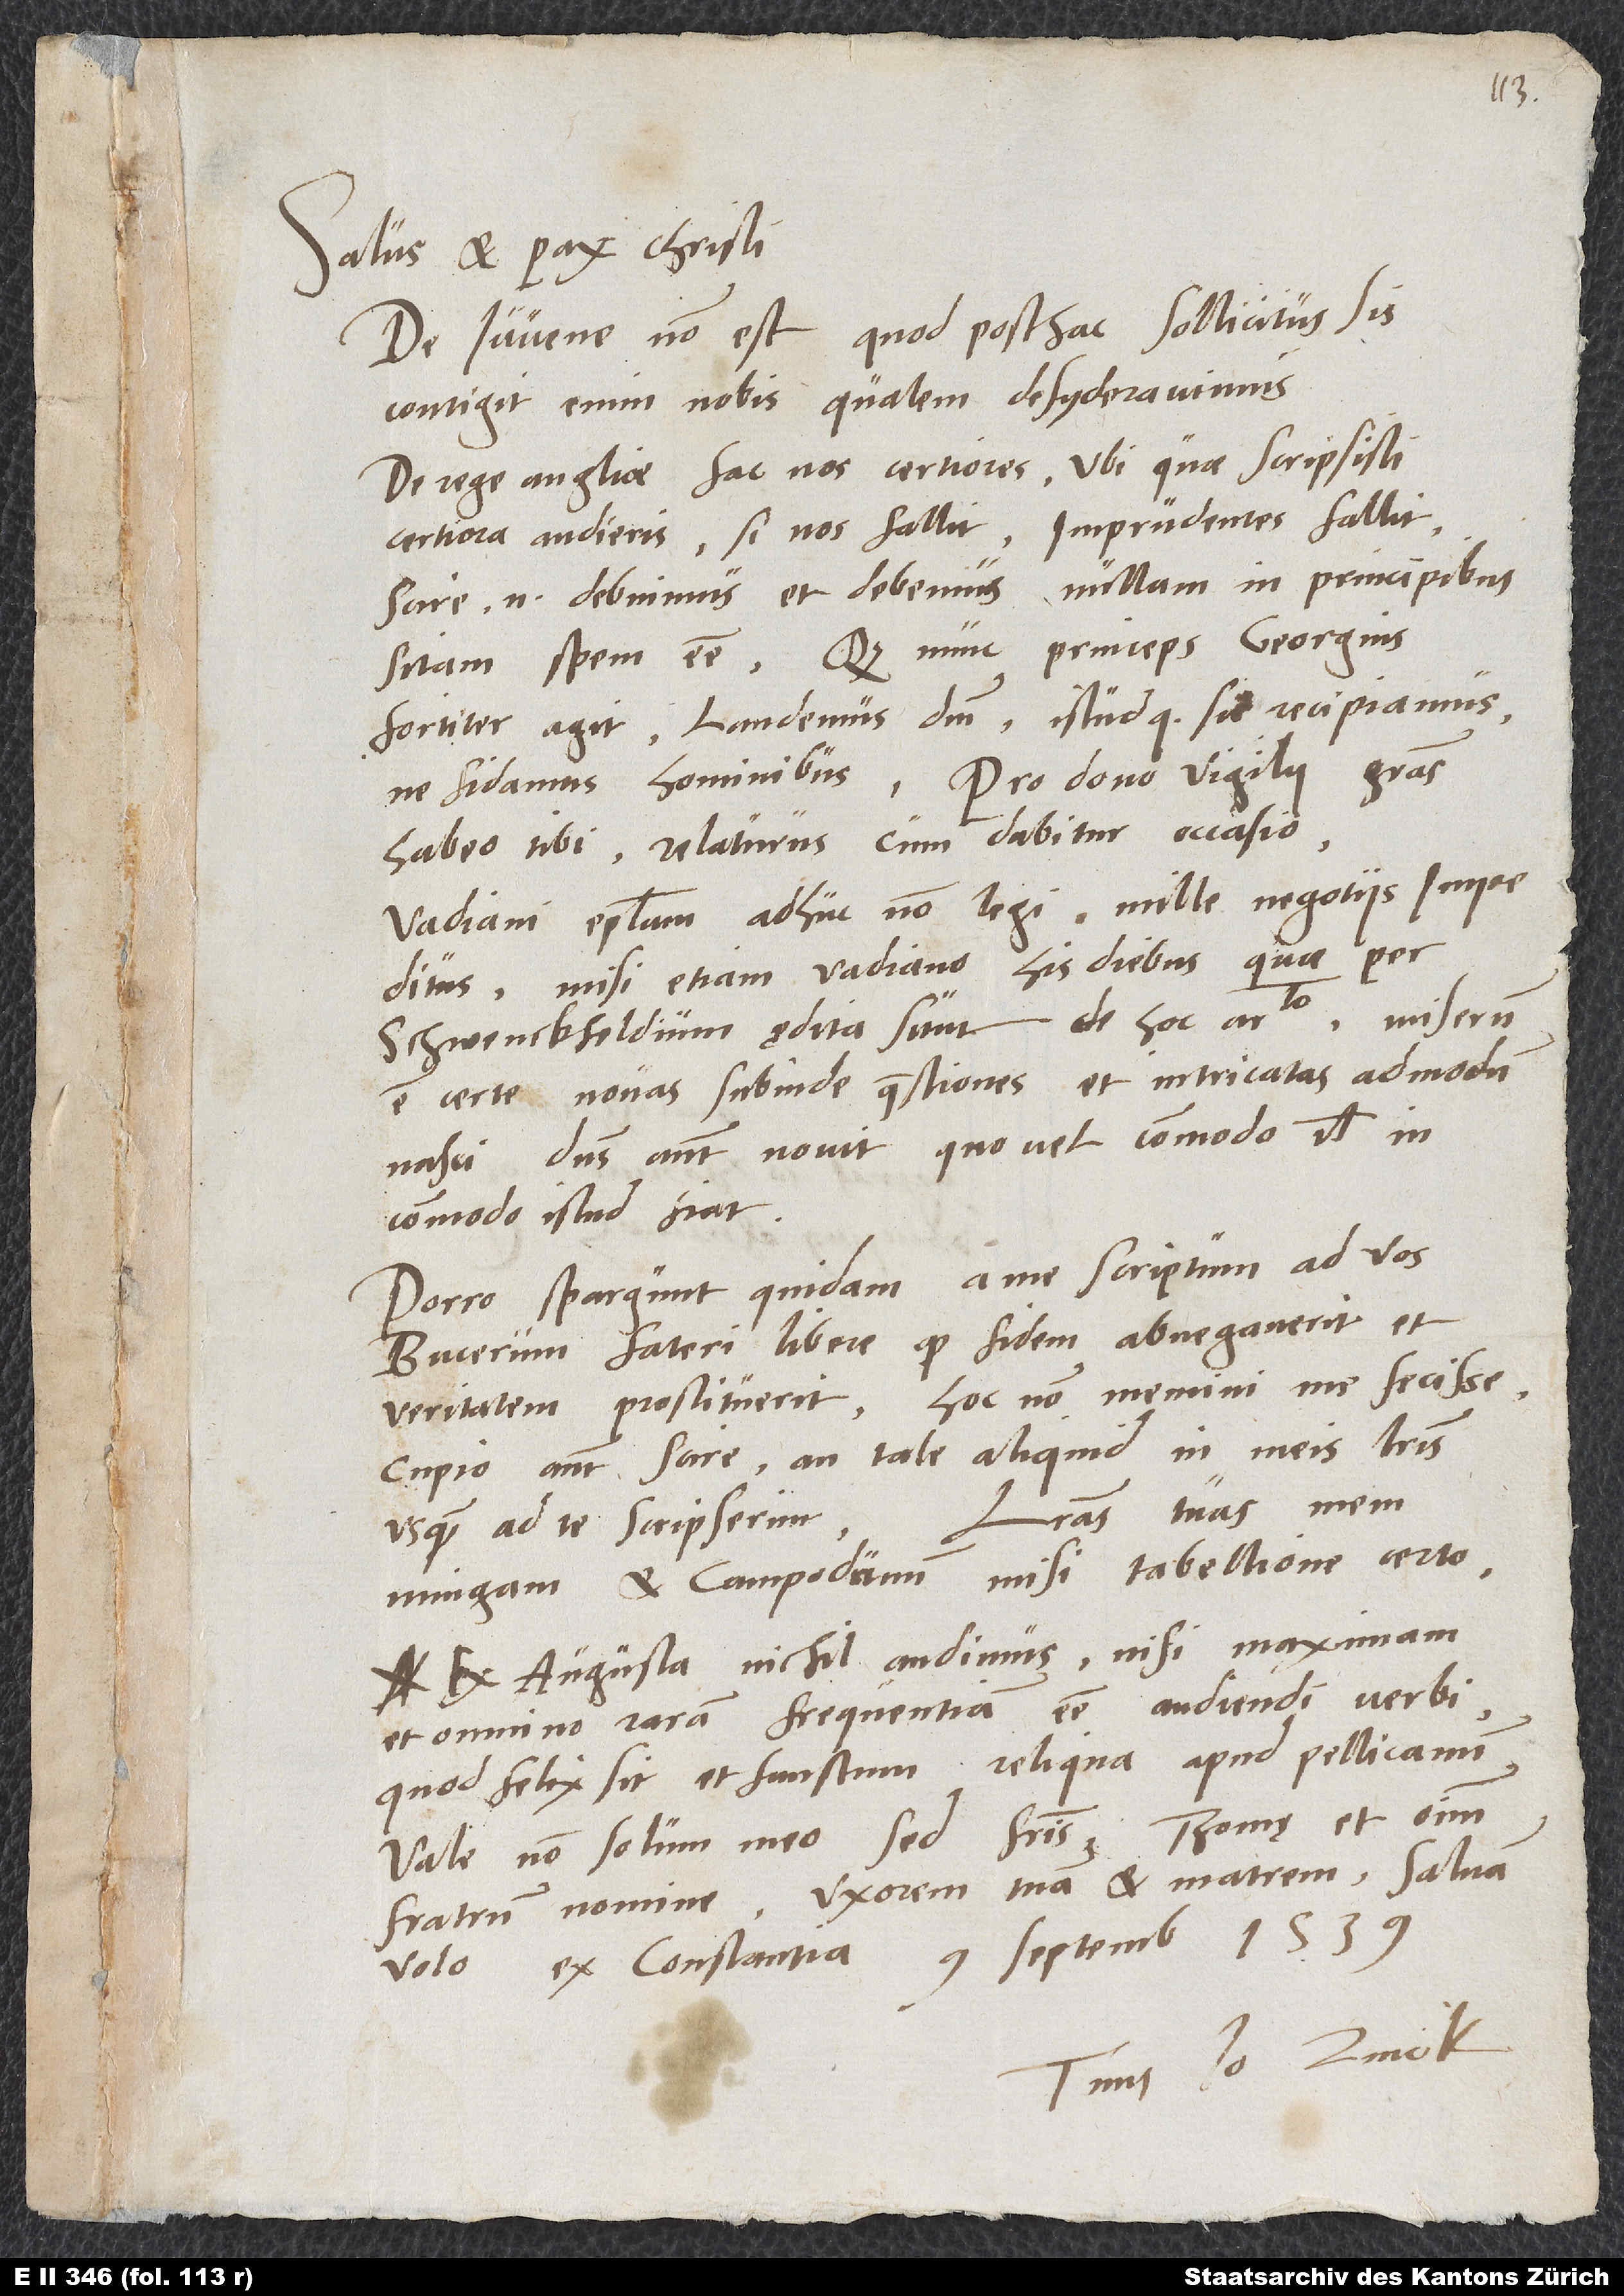
Salus et pax Christi.
De iuvene non est, quod posthac sollicitus sis;
contigit enim nobis, qualem desyderavimus.
De rege Angliae fac nos certiores, ubi, quae scripsisti,
certiora audieris. Si nos fallit, imprudentes fallit;
scire enim debuimus et debemus nullam in principibus
sitam spem esse. Quod nunc princeps Georgius
fortiter agit, laudemus dominum istudque sic recipiamus,
habeo tibi relaturus, cum dabitur occasio.
Vadiani epistolam adhuc non legi mille negotiis impeditus.
Misi etiam Vadiano his diebus, quae per
Schwenckfeldium ędita sunt de hoc articulo. Miserum
est certe novas subinde quaestiones et intricatas admodum
Dominus autem novit, quo vel commodo vel
incommodo istud fiat.
Porro spargunt quidam a me scriptum ad vos
Bucerum fateri libere, quod fidem abnegaverit et
veritatem prostituerit. Hoc non memini me fecisse;
cupio autem scire, an tale aliquid in meis literis
usquam ad te scripserim.
Memmingam et Campodunum misi tabellione certo.
Ex Augusta nichil audimus nisi maximam
et omnino raram frequentiam esse audiendi verbi,
quod felix sit et faustum. Reliqua apud Pellicanum.
Vale non solum meo, sed fratris, Thomę et omnium
fratrum nomine. Uxorem tuam et matrem salvam
Ex Constantia, 9. septembris 1539.
Tuus Io. Zvick.